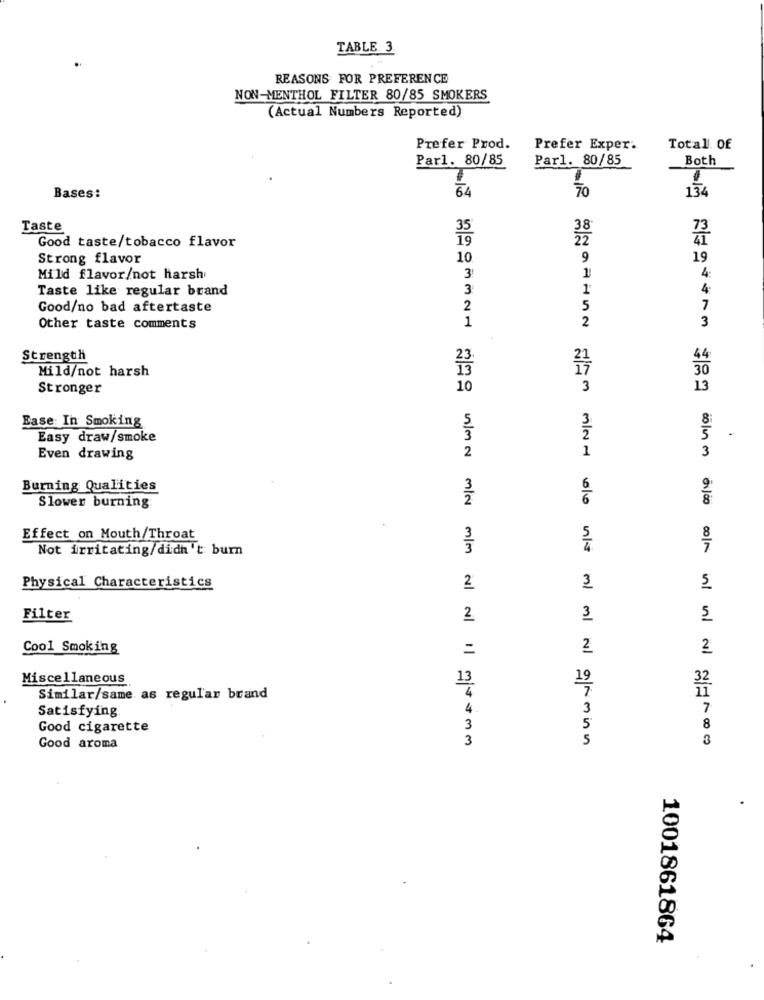
TABLE 3
REASONS FOR PREFERENCE
NON-MENTHOL FILTER 80/85 SMOKERS
(Actual Numbers Reported)
Prefer Prod.
Prefer Exper.
Total. Of
Parl. 80/85
Parl. 80/85
Both
70
134
Bases:
64
Taste
38
73
22
Good taste/tobacco flavor
Strong flavor
10
9
19
4:
Mild flavor/not harsh
Taste like regular brand
3
1
Good/no bad aftertaste
2
5
7
1
2
Other taste comments
3
Strength
Mild/not harsh
30
Stronger
10
3
13
8:
Ease In Smoking
Easy draw/smoke
2
3
Even drawing
m/o -
Burning Qualities
010
Slower burning
m/N
Effect on Mouth/Throat
8
Not irritating/didn't burn
7
3
Physical Characteristics
2
5
Filter
2
3
5
Cool Smoking
=
2
2
Miscellaneous
13
19
32
4
Similar/same as regular brand
4
3
7
Satisfying
Good cigarette
3
8
3
5
3
Good aroma
1001861864